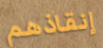
إنقاذهم